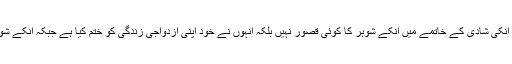
صنم سعید نے یہ بھی اعتراف کیا کہ انکی شادی کے خاتمے میں انکے شوہر کا کوئی قصور نہیں بلکہ انہوں نے خود اپنی ازدواجی زندگی کو ختم کیا ہے جبکہ انکے شوہر بہت ہی شریف النفس انسان تھے ۔